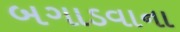
બગાડવાના